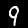
Digit: 9